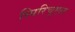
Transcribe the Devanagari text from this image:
स्पिरिचुएल